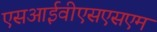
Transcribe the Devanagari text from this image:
एसआईवीएसएसएम